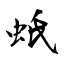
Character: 蚔